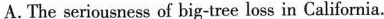
A.The seriousness of big-tree loss in California.